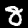
Digit: 8